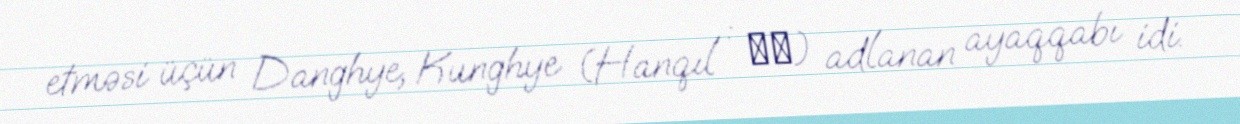
etməsi üçün Danghye, Kunghye (Hanqıl : 궁혜) adlanan ayaqqabı idi.